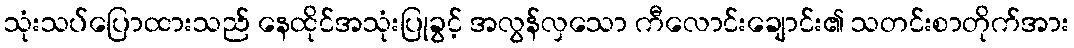
သုံးသပ်ပြောထားသည် နေထိုင်အသုံးပြုခွင့် အလွန်လှသော ကီလောင်းချောင်း၏ သတင်းစာတိုက်အား